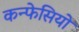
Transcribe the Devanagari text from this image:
कन्फेसियो